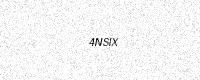
Text: 4NSIX